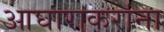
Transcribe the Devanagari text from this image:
आघाराकरांना